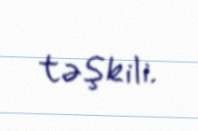
təşkili.